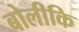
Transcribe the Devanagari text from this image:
बोलीकि